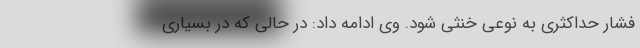
فشار حداکثری به نوعی خنثی شود. وی ادامه داد: در حالی که در بسیاری